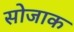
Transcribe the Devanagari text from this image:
सोजाक